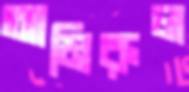
আমিরুল